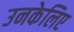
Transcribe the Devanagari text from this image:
उनकेलिए